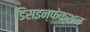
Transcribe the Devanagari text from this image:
डिसइन्फेक्शन